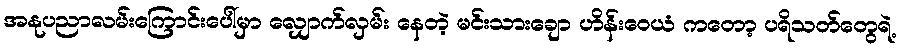
အနုပညာလမ်းကြောင်းပေါ်မှာ လျှောက်လှမ်း နေတဲ့ မင်းသားချော ဟိန်းဝေယံ ကတော့ ပရိသတ်တွေရဲ့